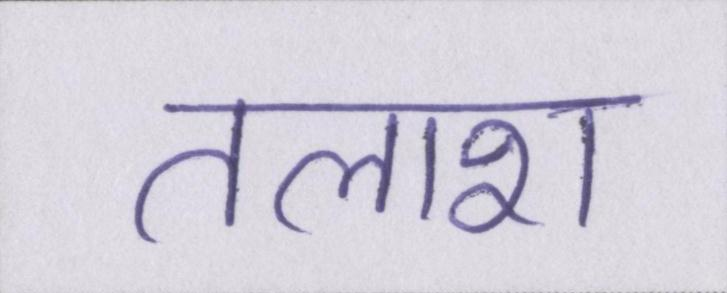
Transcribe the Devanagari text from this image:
तलाश